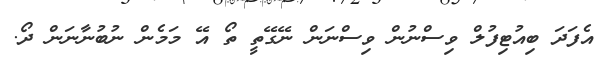
އެފަދަ ބިއުޓިފުލް ވިސްނުން ވިސްނަން ނޭގޭތީ ތޯ އޭ މަމެން ނުބުނާނަން ދޯ.